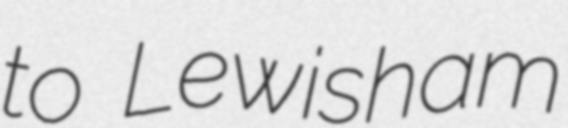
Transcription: to Lewisham